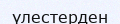
үлестерден